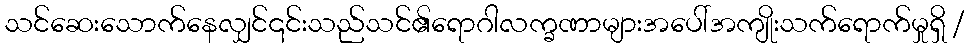
သင်ဆေးသောက်နေလျှင်၎င်းသည်သင်၏ရောဂါလက္ခဏာများအပေါ်အကျိုးသက်ရောက်မှုရှိ /